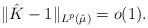
\begin{align*}\| \hat K - 1 \|_{L^p(\hat \mu)} = o (1).\end{align*}